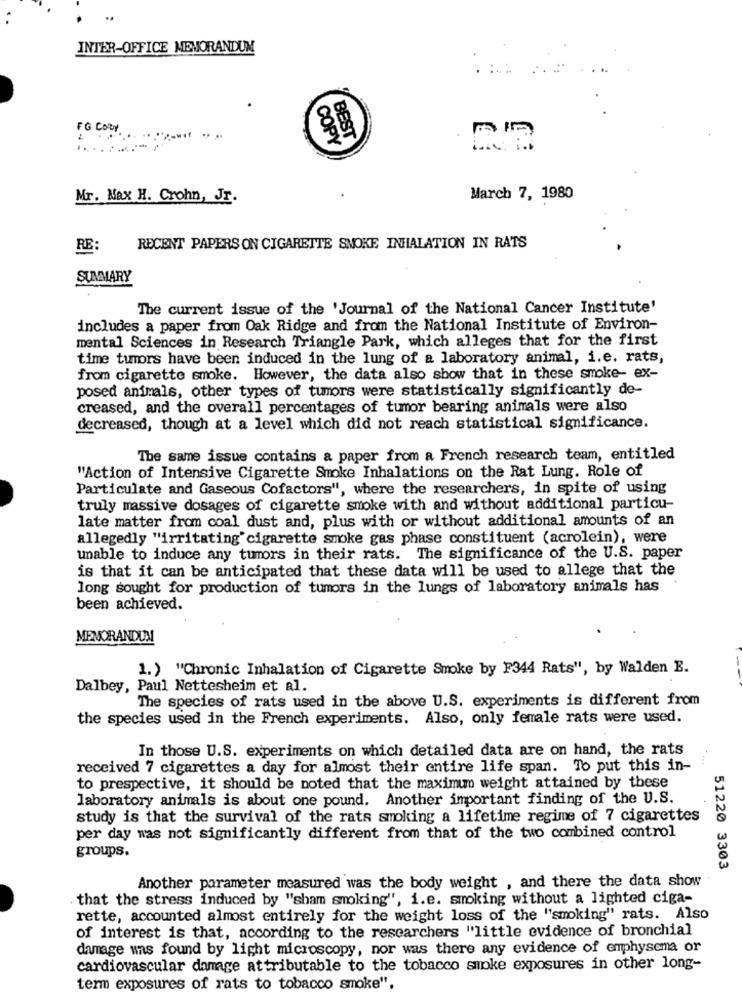
INTER-OFFICE MEMORANDUM
FG Coby
COPY
BEST
Mr. Nax H. Crohn, Jr.
March 7, 1980
RE:
RECENT PAPERS ON CIGARETTE SMOKE INHALATION IN RATS
SUMMARY
The current issue of the 'Journal of the National Cancer Institute'
includes a paper from Oak Ridge and from the National Institute of Environ-
mental Sciences in Research Triangle Park, which alleges that for the first
time tumors have been induced in the lung of a laboratory animal, i.e. rats,
from cigarette smoke. However, the data also show that in these smoke- ex-
posed animals, other types of tumors were statistically significantly de-
creased, and the overall percentages of tumor bearing animals were also
decreased, though at a level which did not reach statistical significance.
The same issue contains a paper from a French research team, entitled
"Action of Intensive Cigarette Smoke Inhalations on the Rat Lung. Role of
Particulate and Gaseous Cofactors", where the researchers, in spite of using
truly massive dosages of cigarette smoke with and without additional particu-
late matter from coal dust and, plus with or without additional amounts of an
Allegedly "irritating'cigarette smoke gas phase constituent (acrolein), were
unable to induce any tumors in their rats. The significance of the U.S. paper
is that it can be anticipated that these data will be used to allege that the
long sought for production of tumors in the lungs of laboratory animals has
been achieved.
MEMORANDUM
1.) "Chronic Inhalation of Cigarette Smoke by F344 Rats", by Walden E.
Dalbey, Paul Nettesheim et al.
The species of rats used in the above U.S. experiments is different from
the species used in the French experiments. Also, only female rats were used.
In those U.S. experiments on which detailed data are on hand, the rats
received 7 cigarettes a day for almost their entire life span. To put this in-
to prespective, it should be noted that the maximum weight attained by these
laboratory animals is about one pound. Another important finding of the U.S.
study is that the survival of the rats smoking a lifetime regime of 7 cigarettes
per day was not significantly different from that of the two combined control
groups.
51220 3303
Another parameter measured was the body weight , and there the data show
that the stress induced by "sham smoking", i.e. smoking without a lighted ciga-
rette, accounted almost entirely for the weight loss of the "smoking" rats. Also
of interest is that, according to the researchers "little evidence of bronchial
damage was found by light microscopy, nor was there any evidence of emphysema or
cardiovascular damage attributable to the tobacco smoke exposures in other long-
term exposures of rats to tobacco smoke".